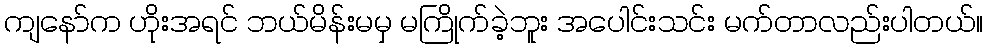
ကျနော်က ဟိုးအရင် ဘယ်မိန်းမမှ မကြိုက်ခဲ့ဘူး အပေါင်းသင်း မက်တာလည်းပါတယ်။